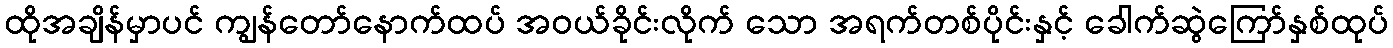
ထိုအချိန်မှာပင် ကျွန်တော်နောက်ထပ် အဝယ်ခိုင်းလိုက် သော အရက်တစ်ပိုင်းနှင့် ခေါက်ဆွဲကြော်နှစ်ထုပ်